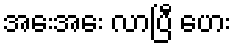
အေးအေး လာပြီ ဟေး